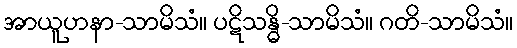
အာယူဟနာ-သာမိသံ။ ပဋိသန္ဓိ-သာမိသံ။ ဂတိ-သာမိသံ။